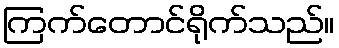
ကြက်တောင်ရိုက်သည်။